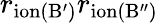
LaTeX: r_{\mathrm{ion(B^{\prime})}}r_{\mathrm{ion(B^{\prime\prime})}}